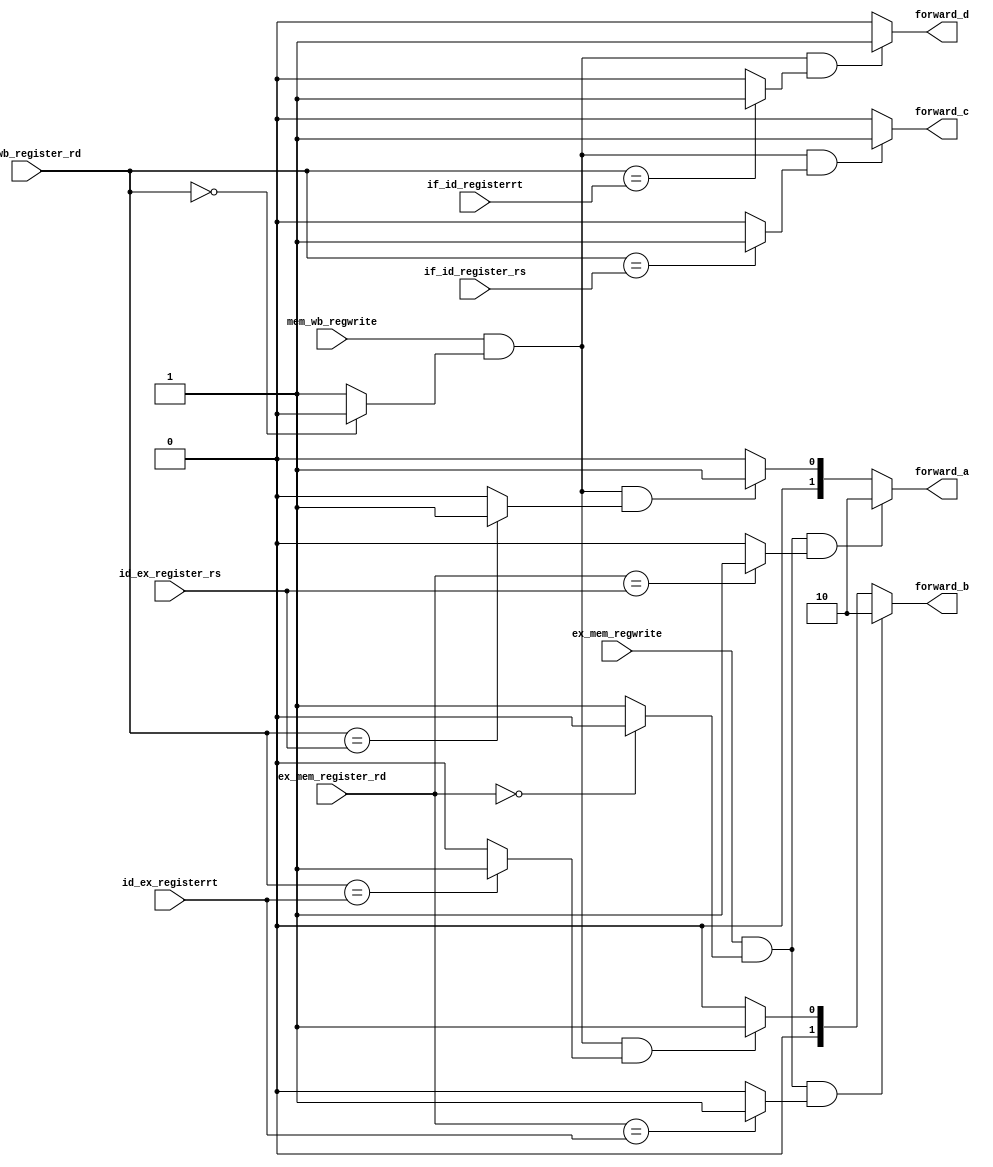
module forwarding_control (ex_mem_register_rd, mem_wb_register_rd, id_ex_register_rs, id_ex_registerrt, ex_mem_regwrite, mem_wb_regwrite,if_id_register_rs,if_id_registerrt, forward_a, forward_b, forward_c, forward_d);
	input [4:0] ex_mem_register_rd, mem_wb_register_rd, id_ex_register_rs, id_ex_registerrt,if_id_register_rs,if_id_registerrt;
	input ex_mem_regwrite, mem_wb_regwrite;
	output forward_c,forward_d;
	output [1:0] forward_a, forward_b;
	reg [1:0] forward_a, forward_b;
	reg forward_c,forward_d;
	wire equal_exmem__rs,equal_exmem_rt,equal_memwb__rs,equal_memwb_rt;
	wire nonzero_exmem_rd,nonzero_memwb_rd;
	assign nonzero_exmem_rd=(ex_mem_register_rd==0)?0:1;
	assign nonzero_memwb_rd=(mem_wb_register_rd==0)?0:1;
	assign equal_exmem__rs=(ex_mem_register_rd==id_ex_register_rs)?1:0;
	assign equal_exmem_rt=(ex_mem_register_rd==id_ex_registerrt)?1:0;
	assign equal_memwb__rs=(mem_wb_register_rd==id_ex_register_rs)?1:0;
	assign equal_memwb_rt=(mem_wb_register_rd==id_ex_registerrt)?1:0;
	assign equal_wb_id__rs=(mem_wb_register_rd==if_id_register_rs)?1:0;
	assign equal_wb_id_rt=(mem_wb_register_rd==if_id_registerrt)?1:0;
	always@ (ex_mem_regwrite or mem_wb_regwrite or nonzero_exmem_rd or nonzero_memwb_rd or equal_exmem__rs
	or equal_exmem_rt or equal_memwb__rs or equal_memwb_rt or equal_wb_id__rs or equal_wb_id_rt)
	begin
		if(ex_mem_regwrite & nonzero_exmem_rd & equal_exmem__rs)
			forward_a<=2'b10;
		else if (mem_wb_regwrite & nonzero_memwb_rd & equal_memwb__rs)
			forward_a<=2'b01;
		else 
			forward_a<=2'b00;
			
		if(ex_mem_regwrite & nonzero_exmem_rd & equal_exmem_rt)
			forward_b<=2'b10;
		else if (mem_wb_regwrite & nonzero_memwb_rd & equal_memwb_rt)
			forward_b<=2'b01;
		else 
			forward_b<=2'b00;
			
		if(mem_wb_regwrite & nonzero_memwb_rd & equal_wb_id__rs)
			forward_c<=1;
		else
			forward_c<=0;
			
      if(mem_wb_regwrite & nonzero_memwb_rd & equal_wb_id_rt)
			forward_d<=1;
		else
			forward_d<=0;
		
	end
endmodule